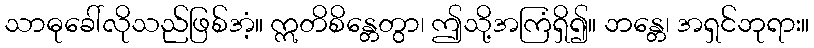
သာဓုခေါ်လိုသည်ဖြစ်အံ့။ ဣတိစိန္တေတွာ၊ ဤသို့အကြံရှိ၍။ ဘန္တေ၊ အရှင်ဘုရား။